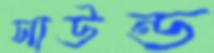
সাউন্ড